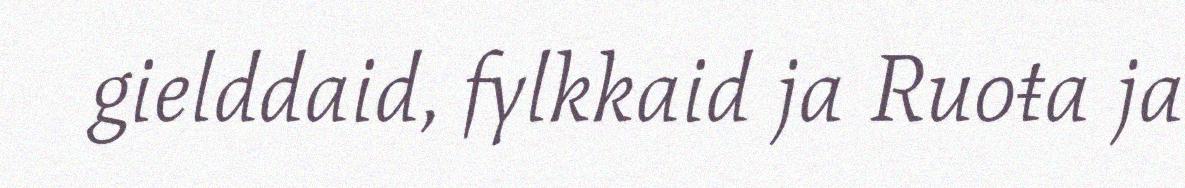
gielddaid, fylkkaid ja Ruoŧa ja